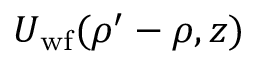
U _ { \mathrm { w f } } ( \boldsymbol { \rho } ^ { \prime } - \boldsymbol { \rho } , z )